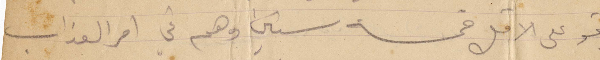
بقو على الأقل خمسة سنين وهم في احر العذاب